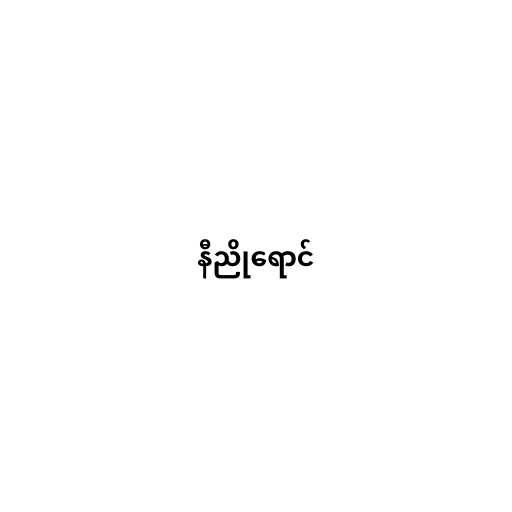
နီညိုရောင်